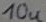
Text: 10u